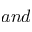
a n d